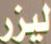
ليزر